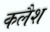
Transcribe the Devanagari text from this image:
कलैश